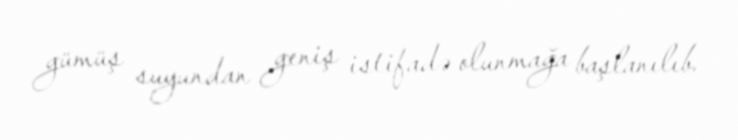
gümüş suyundan geniş istifadə olunmağa başlanılıb.